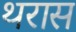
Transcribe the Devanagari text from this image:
थरास